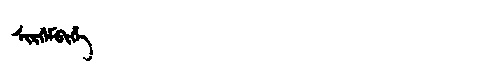
Manchu: ᠰᡳᡵᡤᡝᠮᠪᡳᡥᡝ
Romanization: SIRGEMBIHE